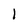
Character: 1